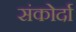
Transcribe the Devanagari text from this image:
संकोर्दा